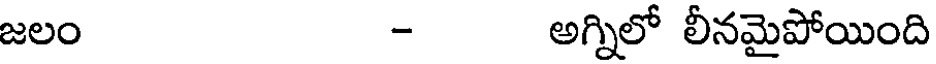
జలం - అగ్నిలో లీనమైపోయింది